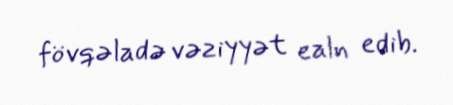
fövqəladə vəziyyət ealn edib.